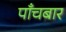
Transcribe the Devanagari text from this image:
पाँचबार